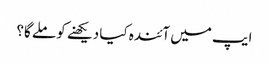
ایپ میں آئندہ کیا دیکھنے کو ملے گا؟